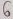
Text: 6